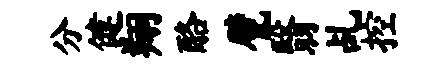
分健翔酪甓翳乩控